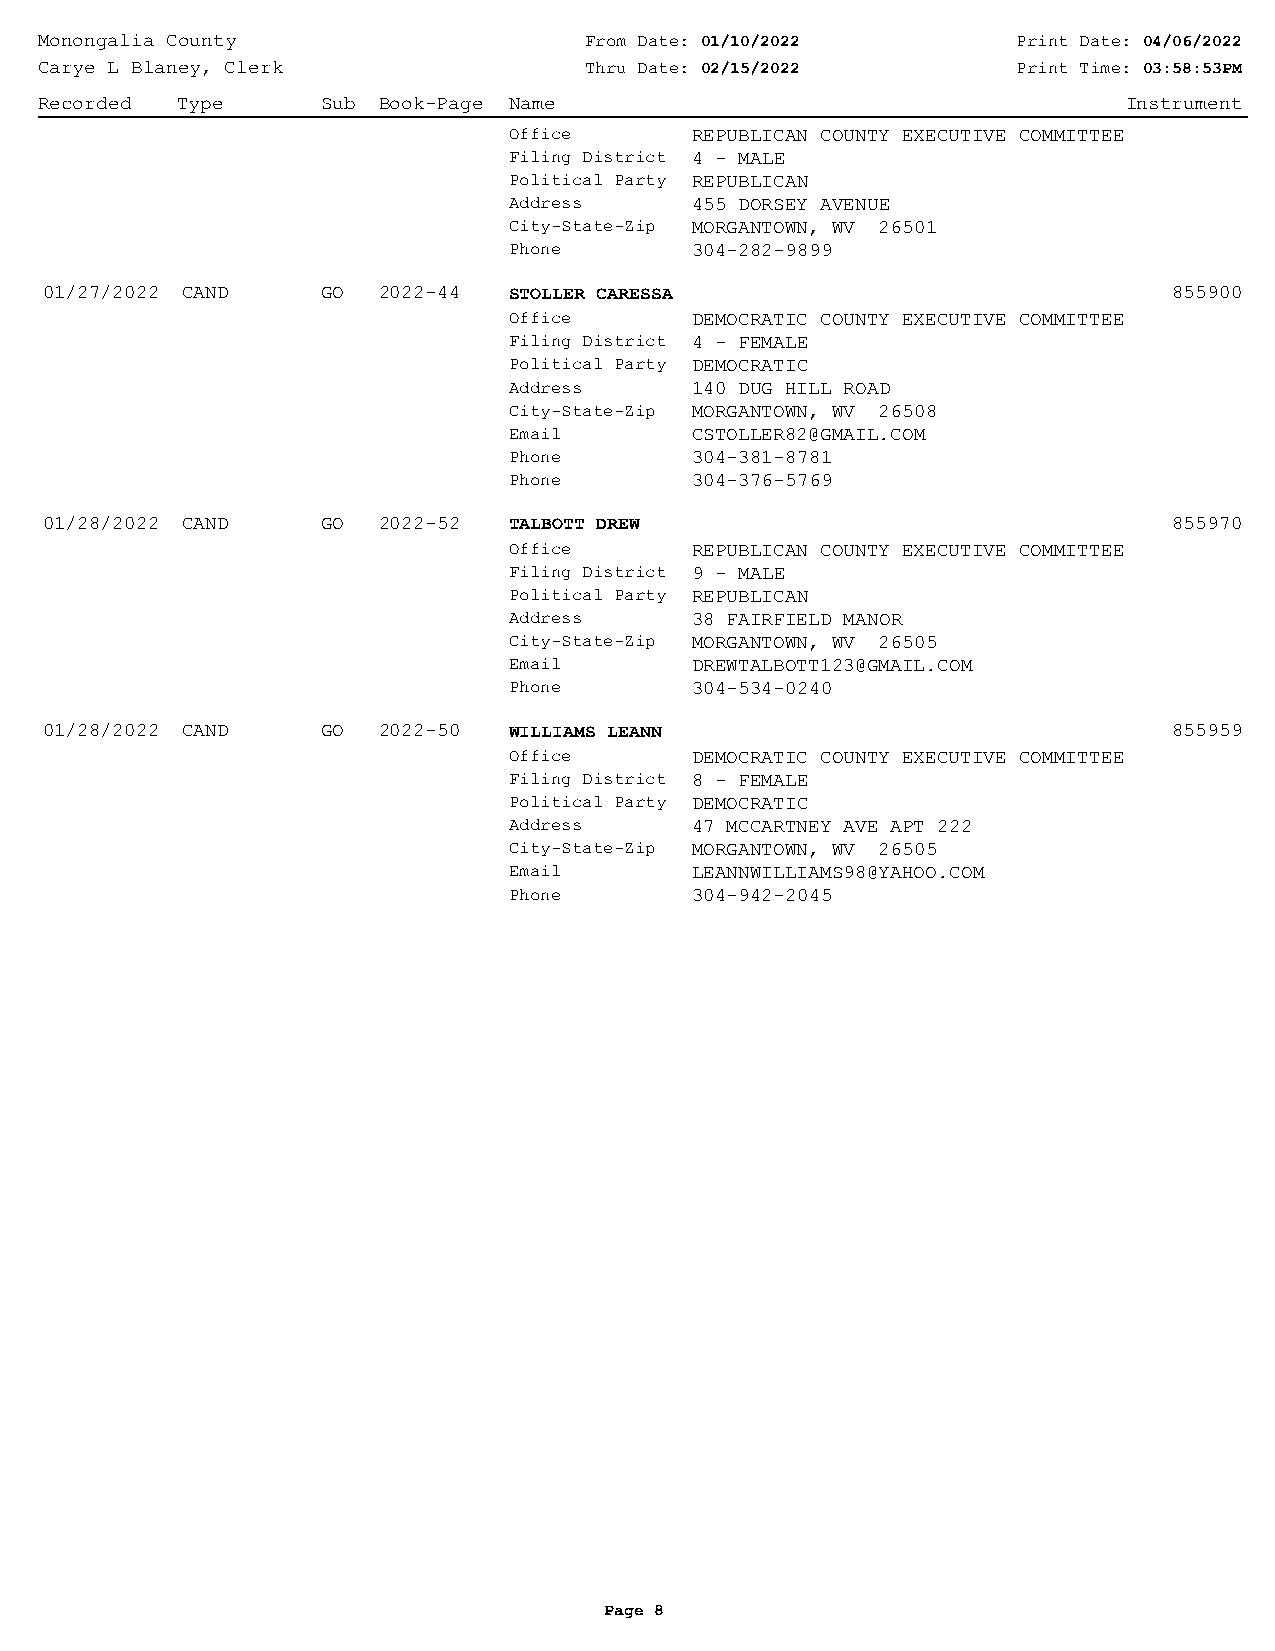
Monongalia County                   From Date: 01/10/2022       Print Date: 04/06/2022
 Carye L Blaney, Clerk               Thru Date: 02/15/2022       Print Time: 03:58:53PM
 Recorded Type     Sub Book-Page Name                                    Instrument
 Office      REPUBLICAN COUNTY EXECUTIVE COMMITTEE
 Filing District 4 - MALE
 Political Party REPUBLICAN
 Address     455 DORSEY AVENUE
 City-State-Zip MORGANTOWN, WV 26501
 Phone       304-282-9899
 01/27/2022 CAND   GO  2022-44  STOLLER CARESSA                             855900
 Office      DEMOCRATIC COUNTY EXECUTIVE COMMITTEE
 Filing District 4 - FEMALE
 Political Party DEMOCRATIC
 Address     140 DUG HILL ROAD
 City-State-Zip MORGANTOWN, WV 26508
 Email       CSTOLLER82@GMAIL.COM
 Phone       304-381-8781
 Phone       304-376-5769
 01/28/2022 CAND   GO  2022-52  TALBOTT DREW                                855970
 Office      REPUBLICAN COUNTY EXECUTIVE COMMITTEE
 Filing District 9 - MALE
 Political Party REPUBLICAN
 Address     38 FAIRFIELD MANOR
 City-State-Zip MORGANTOWN, WV 26505
 Email       DREWTALBOTT123@GMAIL.COM
 Phone       304-534-0240
 01/28/2022 CAND   GO  2022-50  WILLIAMS LEANN                              855959
 Office      DEMOCRATIC COUNTY EXECUTIVE COMMITTEE
 Filing District 8 - FEMALE
 Political Party DEMOCRATIC
 Address     47 MCCARTNEY AVE APT 222
 City-State-Zip MORGANTOWN, WV 26505
 Email       LEANNWILLIAMS98@YAHOO.COM
 Phone       304-942-2045
 Page 8